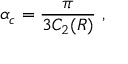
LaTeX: \alpha _ { c } = \frac { \pi } { 3 C _ { 2 } ( R ) } \ ,